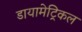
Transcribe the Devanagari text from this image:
डायामेट्रिकल